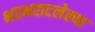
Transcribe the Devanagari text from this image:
भरभराटलेल्या